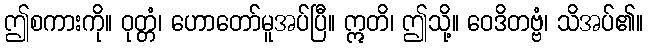
ဤစကားကို။ ဝုတ္တံ၊ ဟောတော်မူအပ်ပြီ။ ဣတိ၊ ဤသို့။ ဝေဒိတဗ္ဗံ၊ သိအပ်၏။